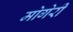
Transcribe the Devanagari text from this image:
मोगेरी